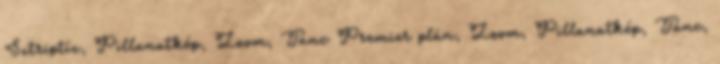
Sztriptíz, Pillanatkép, Zoom, Tánc Premier plán, Zoom, Pillanatkép, Tánc,